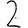
Digit: 2